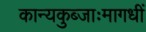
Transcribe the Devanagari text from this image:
कान्यकुब्जाःमागधीं